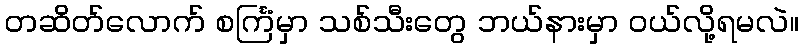
တဆိတ်လောက် စင်္ကြံမှာ သစ်သီးတွေ ဘယ်နားမှာ ဝယ်လို့ရမလဲ။